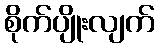
စိုက်ပျိုးလျက်